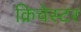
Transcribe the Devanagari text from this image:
क्रिचेस्टर